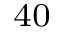
^ { 4 0 }